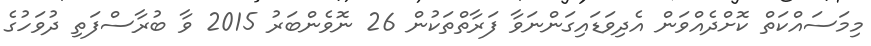
މިމަސައްކަތް ކޮށްދެއްވަން އެދިވަޑައިގަންނަވާ ފަރާތްތަކުން 26 ނޮވެންބަރު 2015 ވާ ބުރާސްފަތި ދުވަހުގެ